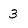
Character: 3